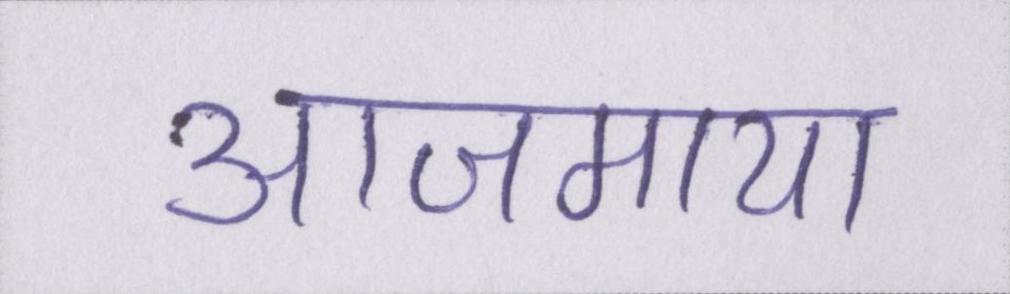
आजमाया